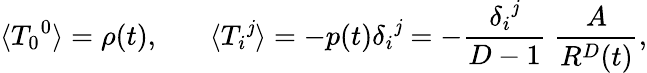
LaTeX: \langle{T_{0}}^{0}\rangle=\rho(t),~~~~~~~\langle{T_{i}}^{\mathit{j}}\rangle=-p(t){\delta_{i}}^{\mathit{j}}=-{\frac{{{\delta_{i}}^{\mathit{j}}}}{{D-1}}}~{\frac{{A}}{{R^{D}(t)}}},